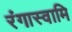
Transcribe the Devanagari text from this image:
रंगास्वामि